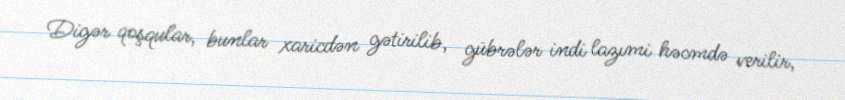
Digər qoşqular, bunlar xaricdən gətirilib, gübrələr indi lazımi həcmdə verilir,